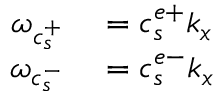
\begin{array} { r l } { \omega _ { c _ { s } ^ { + } } } & { { } = c _ { s } ^ { e + } k _ { x } } \\ { \omega _ { c _ { s } ^ { - } } } & { { } = c _ { s } ^ { e - } k _ { x } } \end{array}